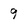
Character: 9